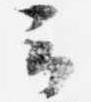
云